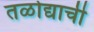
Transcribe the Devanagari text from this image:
तळोद्याची